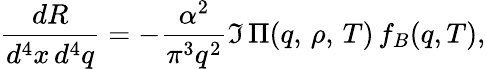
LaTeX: \frac{dR}{d^{4}x\, d^{4}q}=-\frac{\alpha^{2}}{\pi^{3}q^{2}}\Im\, \Pi(q,\, \rho,\, T)\, f_{B}(q,T),